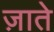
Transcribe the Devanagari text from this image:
ज़ाते